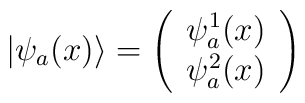
\vert\psi_a(x)\rangle=\left(\begin{array}{c}\psi^{1}_a(x)\\ \psi^{2}_a(x)\end{array}\right)